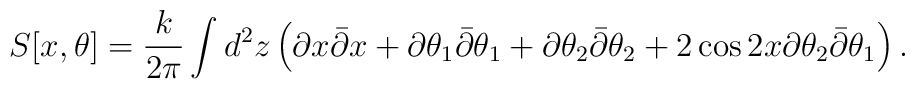
S[x,\theta]=\frac{k}{2\pi}\int d^{2}z \left(\partial x  \bar{\partial}x+\partial\theta_{1}  \bar{\partial}\theta_{1}+\partial\theta_{2}\bar{\partial}\theta_{2}+  2\cos{2x} \partial\theta_{2}\bar{\partial}\theta_{1}\right).